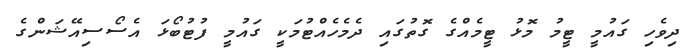
ދިވެހި ގައުމީ ޓީމު މޮޅު ޓީމެއްގެ ގޮތުގައި ދެމެހެއްޓުމަކީ ގައުމީ ފުޓުބޯޅަ އެސޯސިއޭޝަންގެ